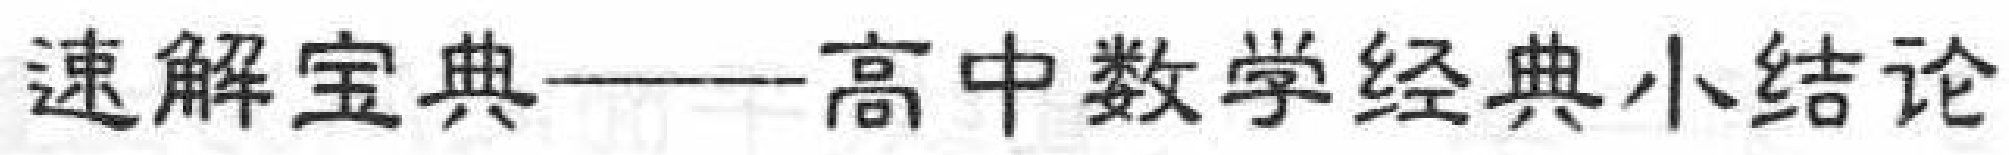
速解宝典——高中数学经典小结论